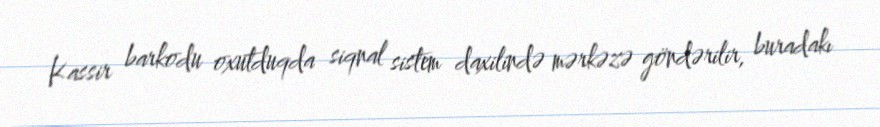
Kassir barkodu oxutduqda siqnal sistem daxilində mərkəzə göndərilir, buradakı